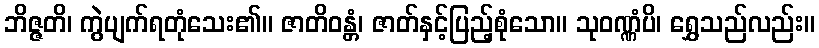
ဘိဇ္ဇတိ၊ ကွဲပျက်ရတုံသေး၏။ ဇာတိဝန္တံ၊ ဇာတ်နှင့်ပြည့်စုံသော။ သုဝဏ္ဏံပိ၊ ရွှေသည်လည်း။